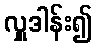
လှူဒါန်း၍